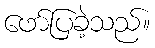
ဖော်ပြခဲ့သည်။